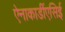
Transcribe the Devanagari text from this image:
ऐनाकार्डीएसिई